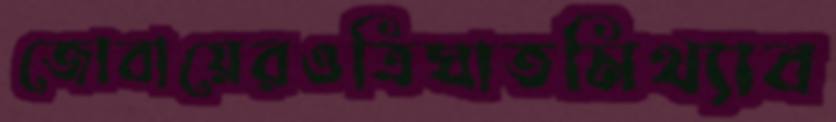
জোবায়েরওত্রিঘাতমিথ্যাব